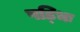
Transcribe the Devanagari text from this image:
षड्भिः